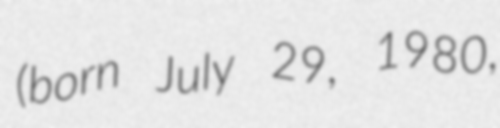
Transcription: (born July 29, 1980,